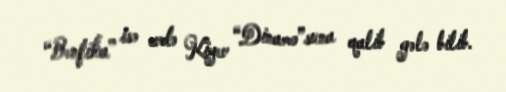
“Benfika” isə evdə Kiyev “Dinamo”suna qalib gələ bilib.